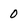
Character: 0